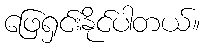
ဖြေရှင်းနိုင်ပါတယ်။